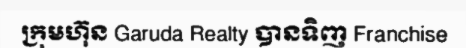
ក្រុមហ៊ុន Garuda Realty បានទិញ Franchise